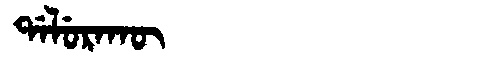
Manchu: ᡩᠠᠯᡠᡵᠠᡴᡡ
Romanization: DALURAKŪ